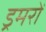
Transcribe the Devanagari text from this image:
ड्रमरों